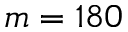
m = 1 8 0